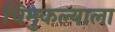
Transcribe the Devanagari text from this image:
चिमुकल्याला